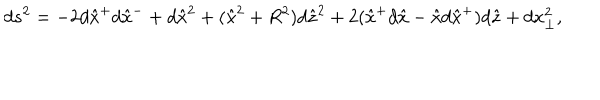
d s ^ { 2 } = - 2 d \hat { x } ^ { + } d \hat { x } ^ { - } + d \hat { x } ^ { 2 } + ( \hat { x } ^ { 2 } + R ^ { 2 } ) d \hat { z } ^ { 2 } + 2 ( \hat { x } ^ { + } d \hat { x } - \hat { x } d \hat { x } ^ { + } ) d \hat { z } + d x _ { \perp } ^ { 2 } ,